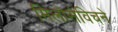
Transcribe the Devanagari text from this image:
मिलोसेविचने